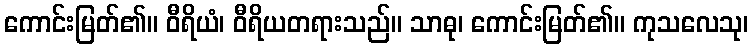
ကောင်းမြတ်၏။ ဝီရိယံ၊ ဝီရိယတရားသည်။ သာဓု၊ ကောင်းမြတ်၏။ ကုသလေသု၊